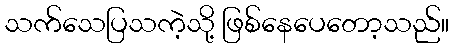
သက်သေပြသကဲ့သို့ ဖြစ်နေပေတော့သည်။